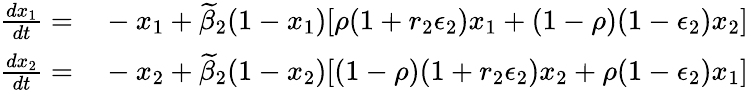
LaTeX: \begin{array}{rl}{\frac{dx_{1}}{dt}=}&{{}-x_{1}+\widetilde{\beta}_{2}(1-x_{1})[\rho(1+r_{2}\epsilon_{2})x_{1}+(1-\rho)(1-\epsilon_{2})x_{2}]}\\ {\frac{dx_{2}}{dt}=}&{{}-x_{2}+\widetilde{\beta}_{2}(1-x_{2})[(1-\rho)(1+r_{2}\epsilon_{2})x_{2}+\rho(1-\epsilon_{2})x_{1}]}\end{array}